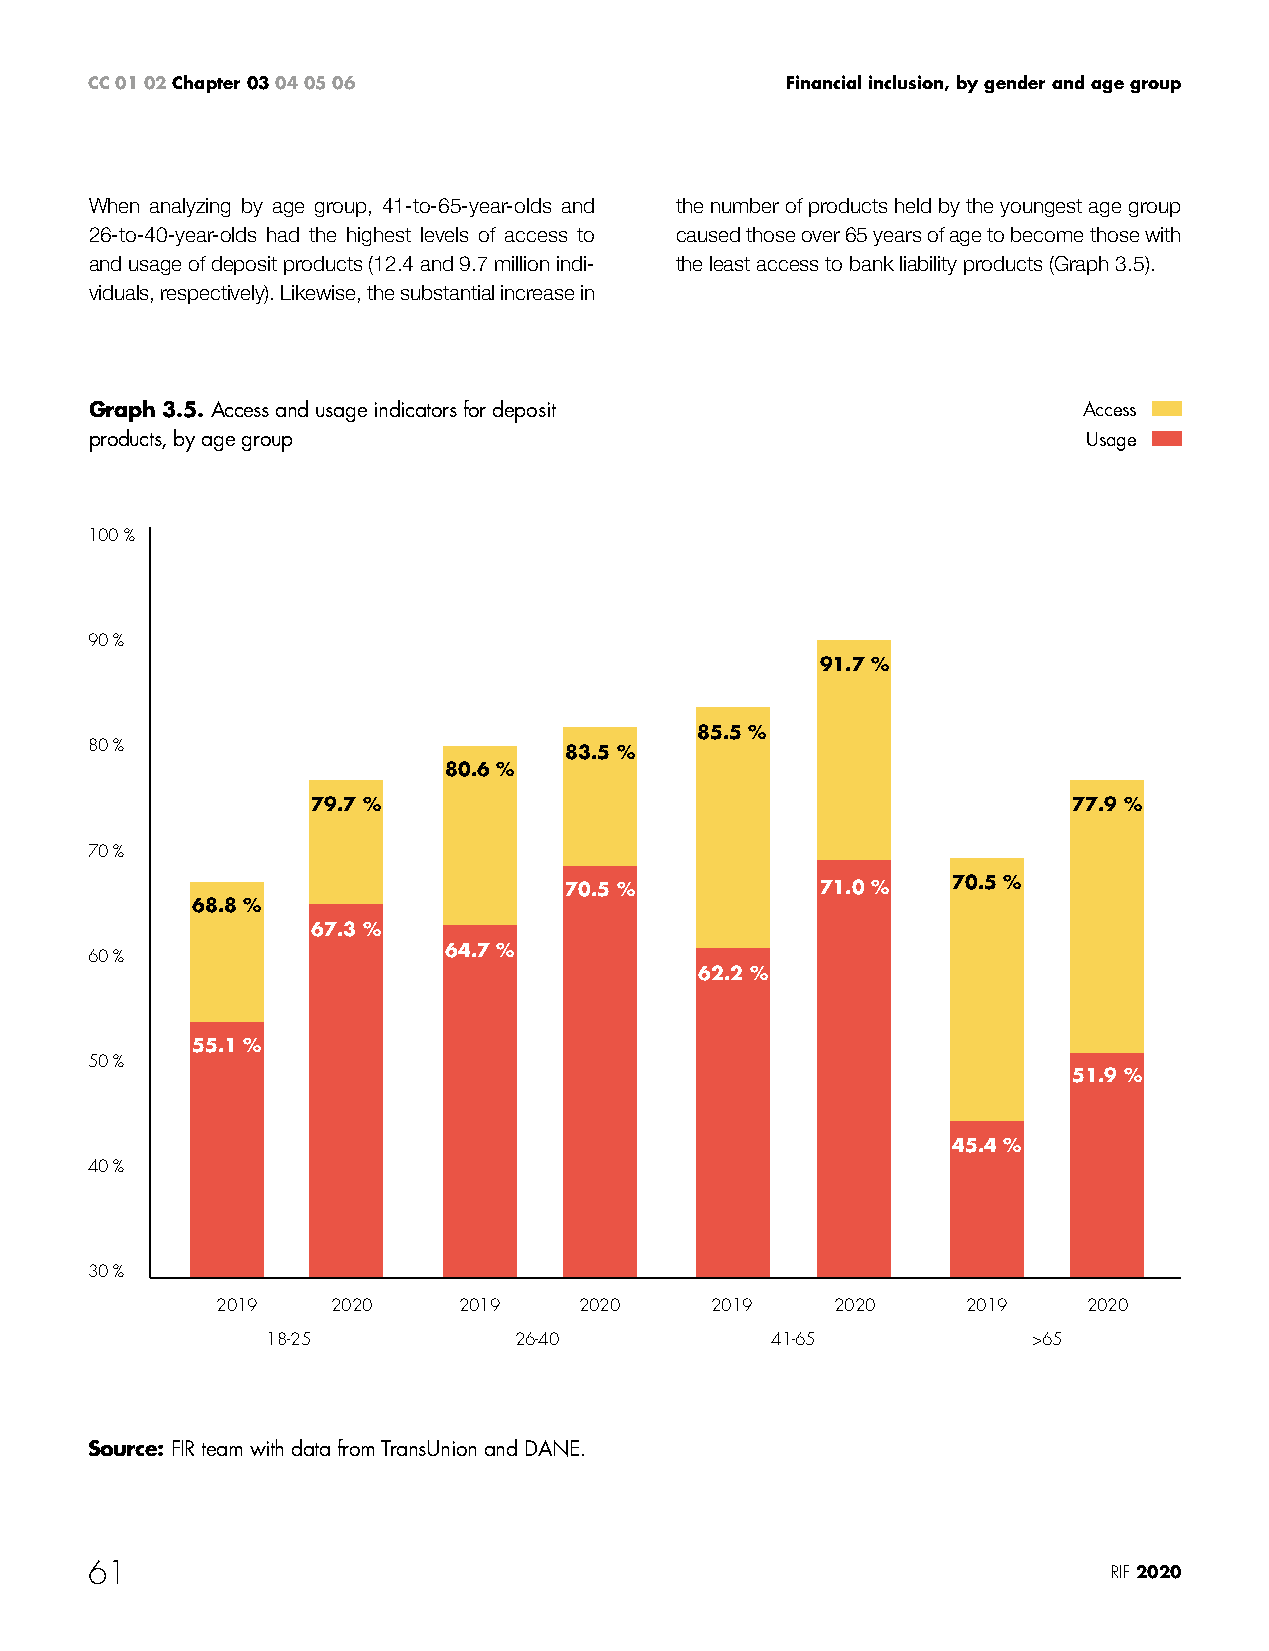
CC 01 02 Chapter 03 04 05 06                  Financial inclusion, by gender and age group
 When analyzing by age group, 41-to-65-year-olds and the number of products held by the youngest age group
 26-to-40-year-olds had the highest levels of access to caused those over 65 years of age to become those with
 and usage of deposit products (12.4 and 9.7 million indi- the least access to bank liability products (Graph 3.5).
 viduals, respectively). Likewise, the substantial increase in
 Graph 3.5. Access and usage indicators for deposit                Access
 products, by age group                                            Usage
 100 %
 90 %
 91.7 %
 85.5 %
 80 %                           83.5 %
 80.6 %
 79.7 %                                            77.9 %
 70 %
 70.5 %           71.0 %   70.5 %
 68.8 %
 67.3 %
 64.7 %
 60 %
 62.2 %
 55.1 %
 50 %
 51.9 %
 45.4 %
 40 %
 30 %
 2019    2020    2019    2020     2019    2020     2019    2020
 18-25           26-40            41-65            >65
 Source: FIR team with data from TransUnion and DANE.
 61                                                                  RIF 2020